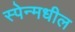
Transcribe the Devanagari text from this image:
स्पेन्मधील